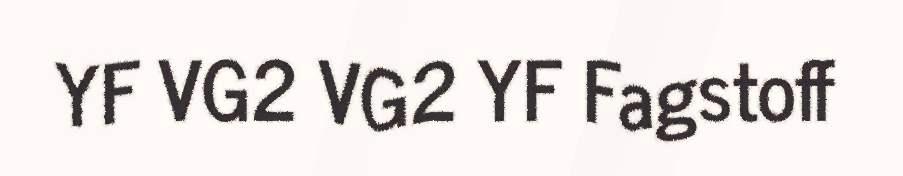
YF VG2 VG2 YF Fagstoff